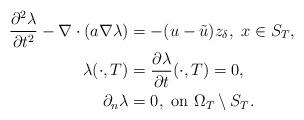
LaTeX: \begin{align*} \frac{\partial^2 \lambda}{\partial t^2} - \nabla \cdot (a \nabla \lambda) &= - (u - \tilde{u}) z_{\delta}, ~ x \in S_T, \\\lambda(\cdot, T)& = \frac{\partial \lambda}{\partial t}(\cdot, T) = 0, \\\partial _{n} \lambda& =0,~\mbox{on}~ \Omega_T\setminus S_T.\end{align*}